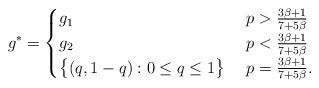
LaTeX: \begin{align*}g^*= \begin{cases} g_1 & \ p>\frac{3\beta+1}{7+5\beta} \\g_2 & \ p<\frac{3\beta+1}{7+5\beta}\\\big\{(q,1-q): 0\leq q\leq 1\big\} & \ p=\frac{3\beta+1}{7+5\beta}.\end{cases}\end{align*}